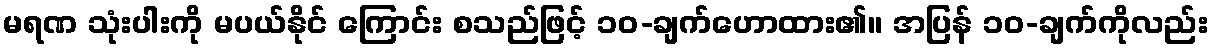
မရဏ သုံးပါးကို မပယ်နိုင် ကြောင်း စသည်ဖြင့် ၁၀-ချက်ဟောထား၏။ အပြန် ၁၀-ချက်ကိုလည်း